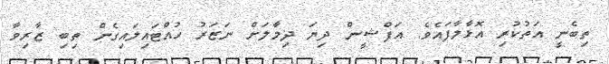
ތިބެނީ އަތުކުރި އޮޅާލާފައެވެ. އަފްޝީން ދިޔަ ދިމާލަށް ނަޒަރު ހުއްޓައިލައިގެން ތިބި ޒާރިވާ